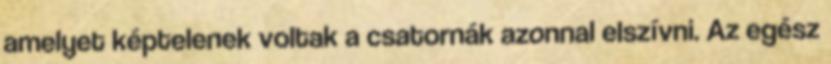
amelyet képtelenek voltak a csatornák azonnal elszívni. Az egész